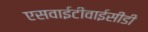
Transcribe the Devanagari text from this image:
एसवाईटीवाईसीडी